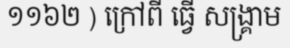
១១៦២ ) ក្រៅពី ធ្វើ សង្គ្រាម